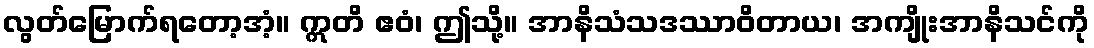
လွတ်မြောက်ရတော့အံ့။ ဣတိ ဧဝံ၊ ဤသို့။ အာနိသံသဒဿာဝိတာယ၊ အကျိုးအာနိသင်ကို